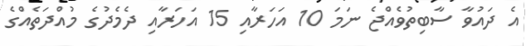
އެ ދައުވާ ސާބިތުވެއްޖެ ނަމަ 10 އަހަރާއި 15 އަހަރާއި ދެމެދުގެ މުއްދަތެއްގެ